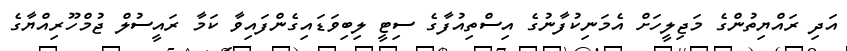
އަދި ރައްޔިތުންގެ މަޖިލީހަށް އެމަނިކުފާނުގެ އިސްތިއުފާގެ ސިޓީ ލިބިވަޑައިގެންފައިވާ ކަމާ ރައީސުލް ޖުމްހޫރިއްޔާގެ